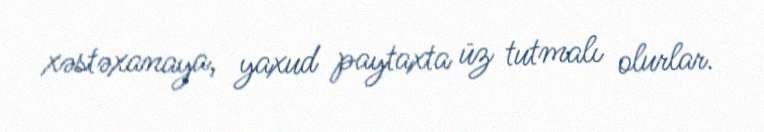
xəstəxanaya, yaxud paytaxta üz tutmalı olurlar.